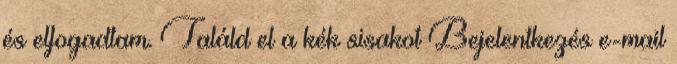
és elfogadtam. Találd el a kék sisakot Bejelentkezés e-mail